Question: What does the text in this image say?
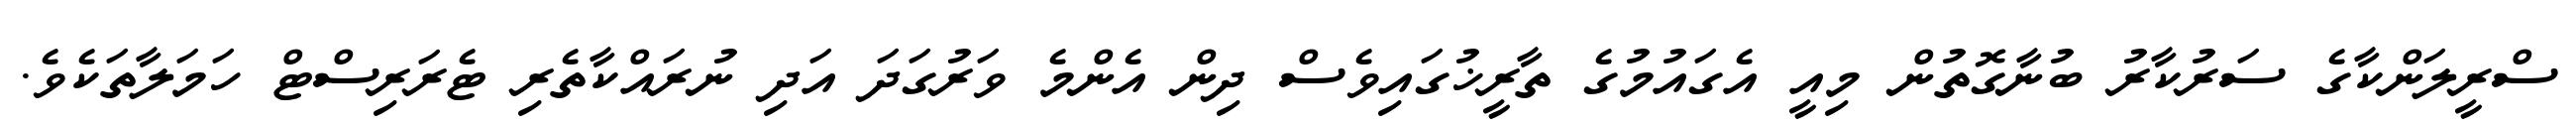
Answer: ސްރީލަންކާގެ ސަރުކާރު ބުނާގޮތުން މިއީ އެގައުމުގެ ތާރީޚުގައިވެސް ދިން އެންމެ ވަރުގަދަ އަދި ނުރައްކާތެރި ޓެރަރިސްޓް ހަމަލާތަކެވެ.